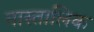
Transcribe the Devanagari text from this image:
नास्तालिक